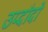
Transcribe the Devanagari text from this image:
उप्दौदों